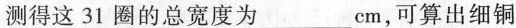
测得这31圈的总宽度为 ___ cm，可算出细铜